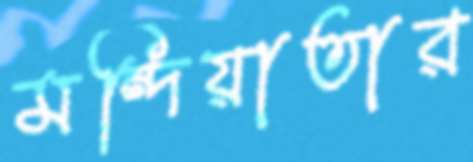
মন্দিয়াতার